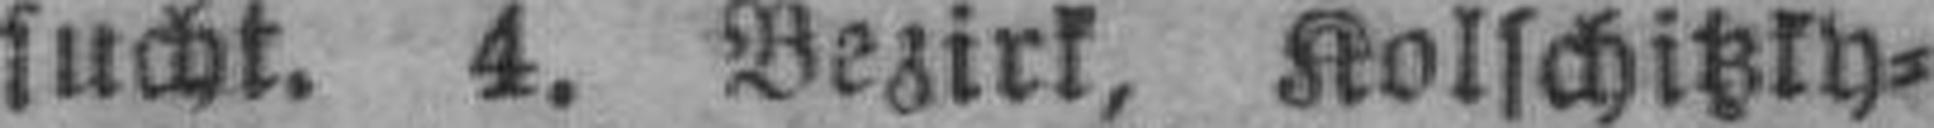
sucht. 4. Bezirk, Kolschitzky¬